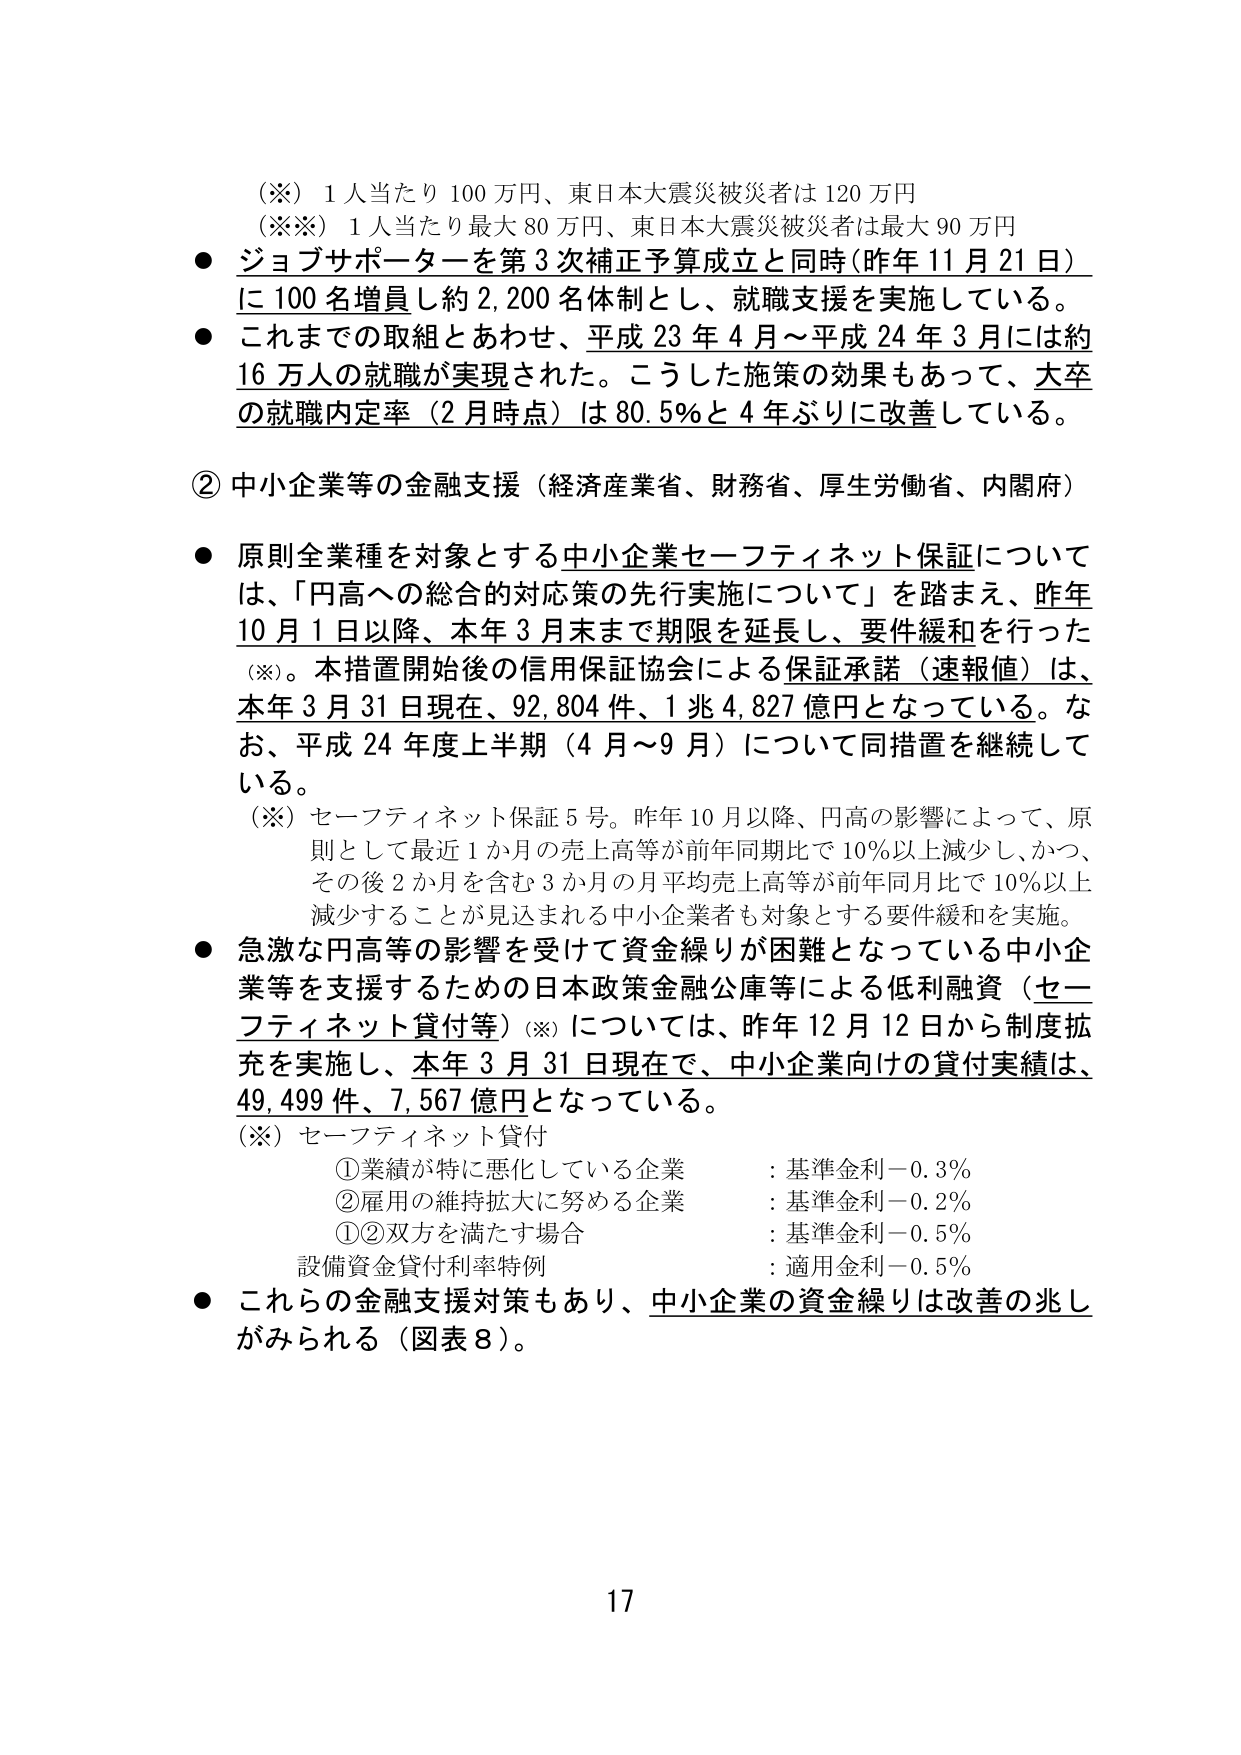
（※）1人当たり100万円、東日本大震災被災者は120万円
（※※）1人当たり最大80万円、東日本大震災被災者は最大90万円
● ジョブサポーターを第3次補正予算成立と同時（昨年11月21日）に100名増員し約2,200名体制とし、就職支援を実施している。
● これまでの取組とあわせ、平成23年4月～平成24年3月には約16万人の就職が実現された。こうした施策の効果もあって、大卒の就職内定率（2月時点）は80.5％と4年ぶりに改善している。

② 中小企業等の金融支援（経済産業省、財務省、厚生労働省、内閣府）
● 原則全業種を対象とする中小企業セーフティネット保証については、「円高への総合的対応策の先行実施について」を踏まえ、昨年10月1日以降、本年3月末まで期限を延長し、要件緩和を行った（※）。本措置開始後の信用保証協会による保証承諾（速報値）は、本年3月31日現在、92,804件、1兆4,827億円となっている。なお、平成24年度上半期（4月～9月）について同措置を継続している。
（※）セーフティネット保証5号。昨年10月以降、円高の影響によって、原則として最近1か月の売上高等が前年同期比で10％以上減少し、かつ、その後2か月を含む3か月の月平均売上高等が前年同月比で10％以上減少することが見込まれる中小企業者も対象とする要件緩和を実施。
● 急激な円高等の影響を受けて資金繰りが困難となっている中小企業等を支援するための日本政策金融公庫等による低利融資（セーフティネット貸付等）（※）については、昨年12月12日から制度拡充を実施し、本年3月31日現在で、中小企業向けの貸付実績は、49,499件、7,567億円となっている。
（※）セーフティネット貸付
　①業績が特に悪化している企業　　　：基準金利－0.3％
　②雇用の維持拡大に努める企業　　　：基準金利－0.2％
　①②双方を満たす場合　　　　　　　：基準金利－0.5％
　設備資金貸付利率特例　　　　　　　：適用金利－0.5％
● これらの金融支援対策もあり、中小企業の資金繰りは改善の兆しがみられる（図表8）。

17